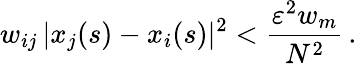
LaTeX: w_{ij}\, |x_{j}(s)-x_{i}(s)|^{2}<\frac{\varepsilon^{2}w_{m}}{N^{2}}\, .